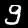
Digit: 9